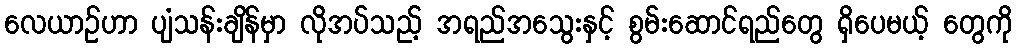
လေယာဉ်ဟာ ပျံသန်းချိန်မှာ လိုအပ်သည့် အရည်အသွေးနှင့် စွမ်းဆောင်ရည်တွေ ရှိပေမယ့် တွေကို